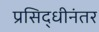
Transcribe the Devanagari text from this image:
प्रसिद्धीनंतर